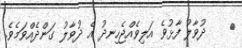
٢    ދުވާލު ފާޅުވެ އަލިވެއްޖެހިނދު އެ ދުވާލު ގަންދެއްވަމެވެ.